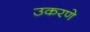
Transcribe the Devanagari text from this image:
उकरणे